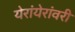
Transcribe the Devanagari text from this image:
येरांयेरांवरी